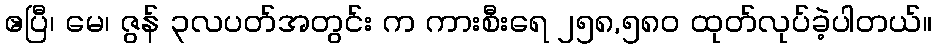
ဧပြီ၊ မေ၊ ဇွန် ၃လပတ်အတွင်း က ကားစီးရေ ၂၅၈,၅၈၀ ထုတ်လုပ်ခဲ့ပါတယ်။